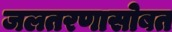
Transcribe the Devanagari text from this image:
जलतरणासोबत